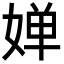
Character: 婵